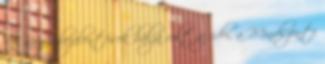
A nagy bejelentések bálja volt az idei, a Mindszenti